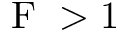
\textup { F } > 1